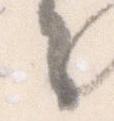
々